Proceedings of the meeting of veterinary officers in India
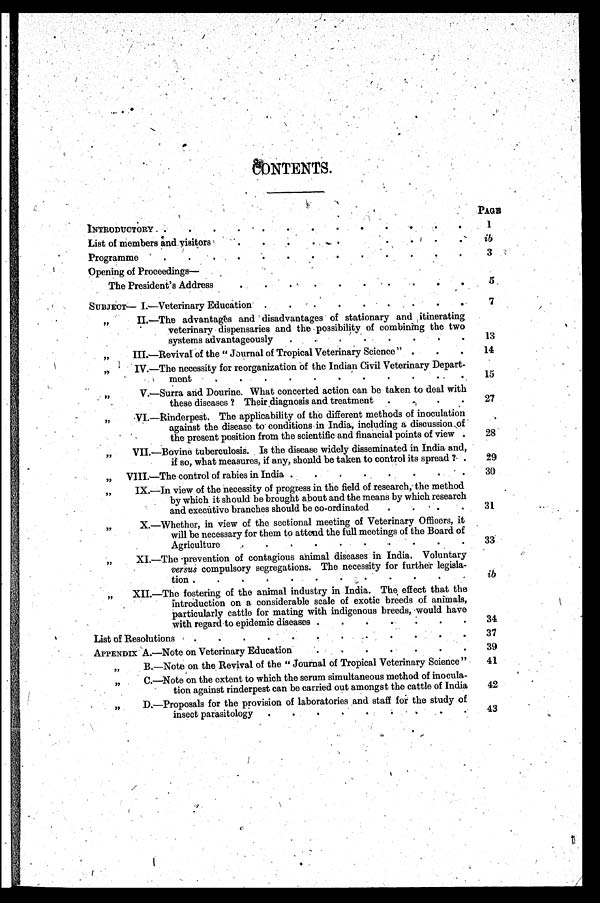
CONTENTS.
INTRODUCTORY . . . . . . . . . . . . . . . . . .
List of members and visitors
. .
.
. . . . . . . . . .
.
.
.
Programme . . . . . . .. . . . . . . . . . . . . . . .
Opening of Proceedings—
The President's Address . . . . . . . .. . . . . . . . .
SUBJECT— I.—Veterinary Education .
.
.
.
.
.
.
.
.
„
II.—The advantages and disadvantages of stationary and itinerating
veterinary dispensaries and the possibility of combining the two
systems advantageously
.
.
.
.
.
.
.
.
„
III.—Revival of the " Journal of Tropical Veterinary Science " . . .
„
IV.—The necessity for reorganization of the Indian Civil Veterinary Depart-
ment
.
.
.
.
.
.
.
.
.
. .
.
„
V.—Surra and Dourine. What concerted action can be taken to deal with
these diseases ? Their diagnosis and treatment
.
.
.
.
„
VI.—Rinderpest. The applicability of the different methods of inoculation
against the disease to conditions in India, including a discussion of
the present position from the scientific and financial points of view .
„ VII.—Bovine tuberculosis. Is the disease widely disseminated in India and,
if so, what measures, if any, should be taken to control its spread ? .
„
VIII.—The control of rabies in India .
.
.
.
.
.
.
.
„
IX.—In view of the necessity of progress in the field of research, the method
by which it should be brought about and the means by which research
and executive branches should be co-ordinated
....
„
X.—Whether, in view of the sectional meeting of Veterinary Officers, it
will be necessary for them to attend the full meetings of the Board of
Agriculture . . . . . . . . . . . . . . . .
„
XI.—The prevention of contagious animal diseases in India. Voluntary
versus compulsory segregations. The necessity for further legisla-
tion . . . . . . . . . . . . . .
„ XII.—The fostering of the animal industry in India. The effect that the
introduction on a considerable scale of exotic breeds of animals,
particularly cattle for mating with indigenous breeds, would have
with regard to epidemic diseases
.
.
.
.
.
.
.
.
List of Resoluations . . . . . . . . . . . . .
APPENDIX A.—Note on Veterinary Education . . . . . . . . . . . . . . . .
„
B.—Note on the Revival of the " Journal of Tropical Veterinary Science "
„
C.—Note on the extent to which the serum simultaneous method of inocula-
tion against rinderpest can be carried out amongst the cattle of India
„
D.—Proposals for the provision of laboratories and staff for the study of
insect parasitology . . . . . . . . . . . . . . . . . . . .
PAGE
1
ib
3
5
7
13
14
15
27
28
29
30
31
33
ib
34
37
39
41
42
43